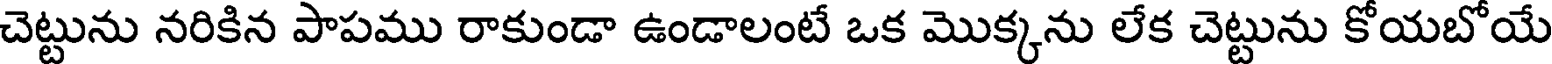
చెట్టును నరికిన పాపము రాకుండా ఉండాలంటే ఒక మొక్కను లేక చెట్టును కోయబోయే